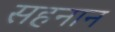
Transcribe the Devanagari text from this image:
सहनान